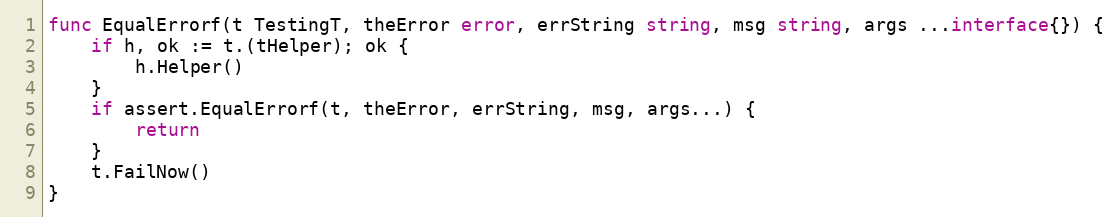
Language: Go
func EqualErrorf(t TestingT, theError error, errString string, msg string, args ...interface{}) {
	if h, ok := t.(tHelper); ok {
		h.Helper()
	}
	if assert.EqualErrorf(t, theError, errString, msg, args...) {
		return
	}
	t.FailNow()
}